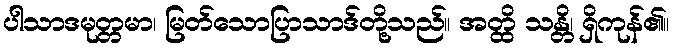
ပါသာဒမုတ္တမာ၊ မြတ်သောပြာသာဒ်တို့သည်။ အတ္ထိ သန္တိ၊ ရှိကုန်၏။